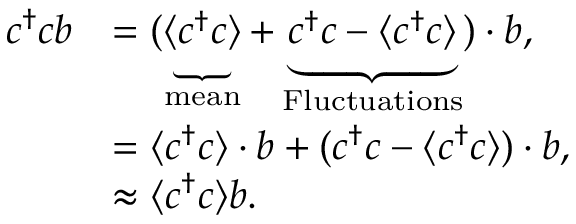
\begin{array} { r l } { c ^ { \dagger } c b } & { = ( \underbrace { \langle c ^ { \dagger } c \rangle } _ { \mathrm { m e a n } } + \underbrace { c ^ { \dagger } c - \langle c ^ { \dagger } c \rangle } _ { \mathrm { F l u c t u a t i o n s } } ) \cdot b , } \\ & { = \langle c ^ { \dagger } c \rangle \cdot b + ( c ^ { \dagger } c - \langle c ^ { \dagger } c \rangle ) \cdot b , } \\ & { \approx \langle c ^ { \dagger } c \rangle b . } \end{array}